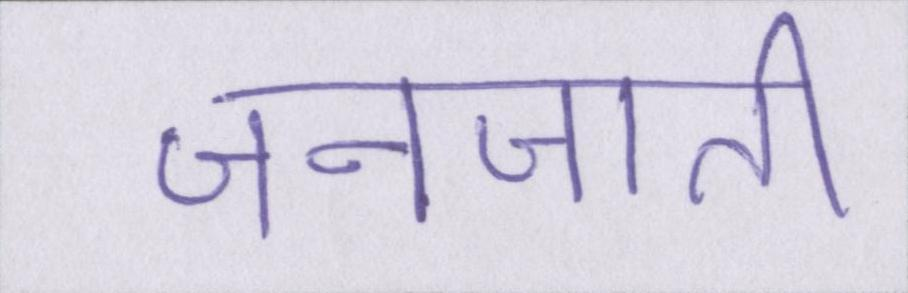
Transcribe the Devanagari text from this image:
जनजाति